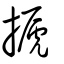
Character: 搋